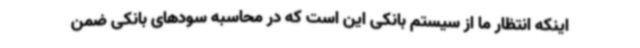
اینکه انتظار ما از سیستم بانکی این است که در محاسبه سودهای بانکی ضمن